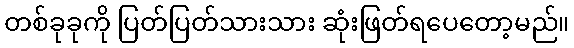
တစ်ခုခုကို ပြတ်ပြတ်သားသား ဆုံးဖြတ်ရပေတော့မည်။